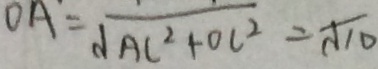
O A ^ { \prime } = \sqrt { A C ^ { 2 } + O C ^ { 2 } } = \sqrt { 1 0 }